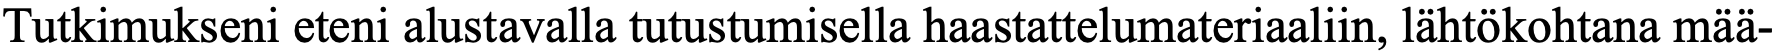
Tutkimukseni eteni alustavalla tutustumisella haastattelumateriaaliin, lähtökohtana mää-